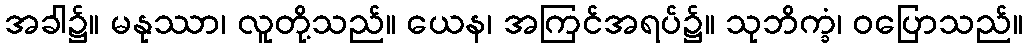
အခါ၌။ မနုဿာ၊ လူတို့သည်။ ယေန၊ အကြင်အရပ်၌။ သုဘိက္ခံ၊ ဝပြောသည်။